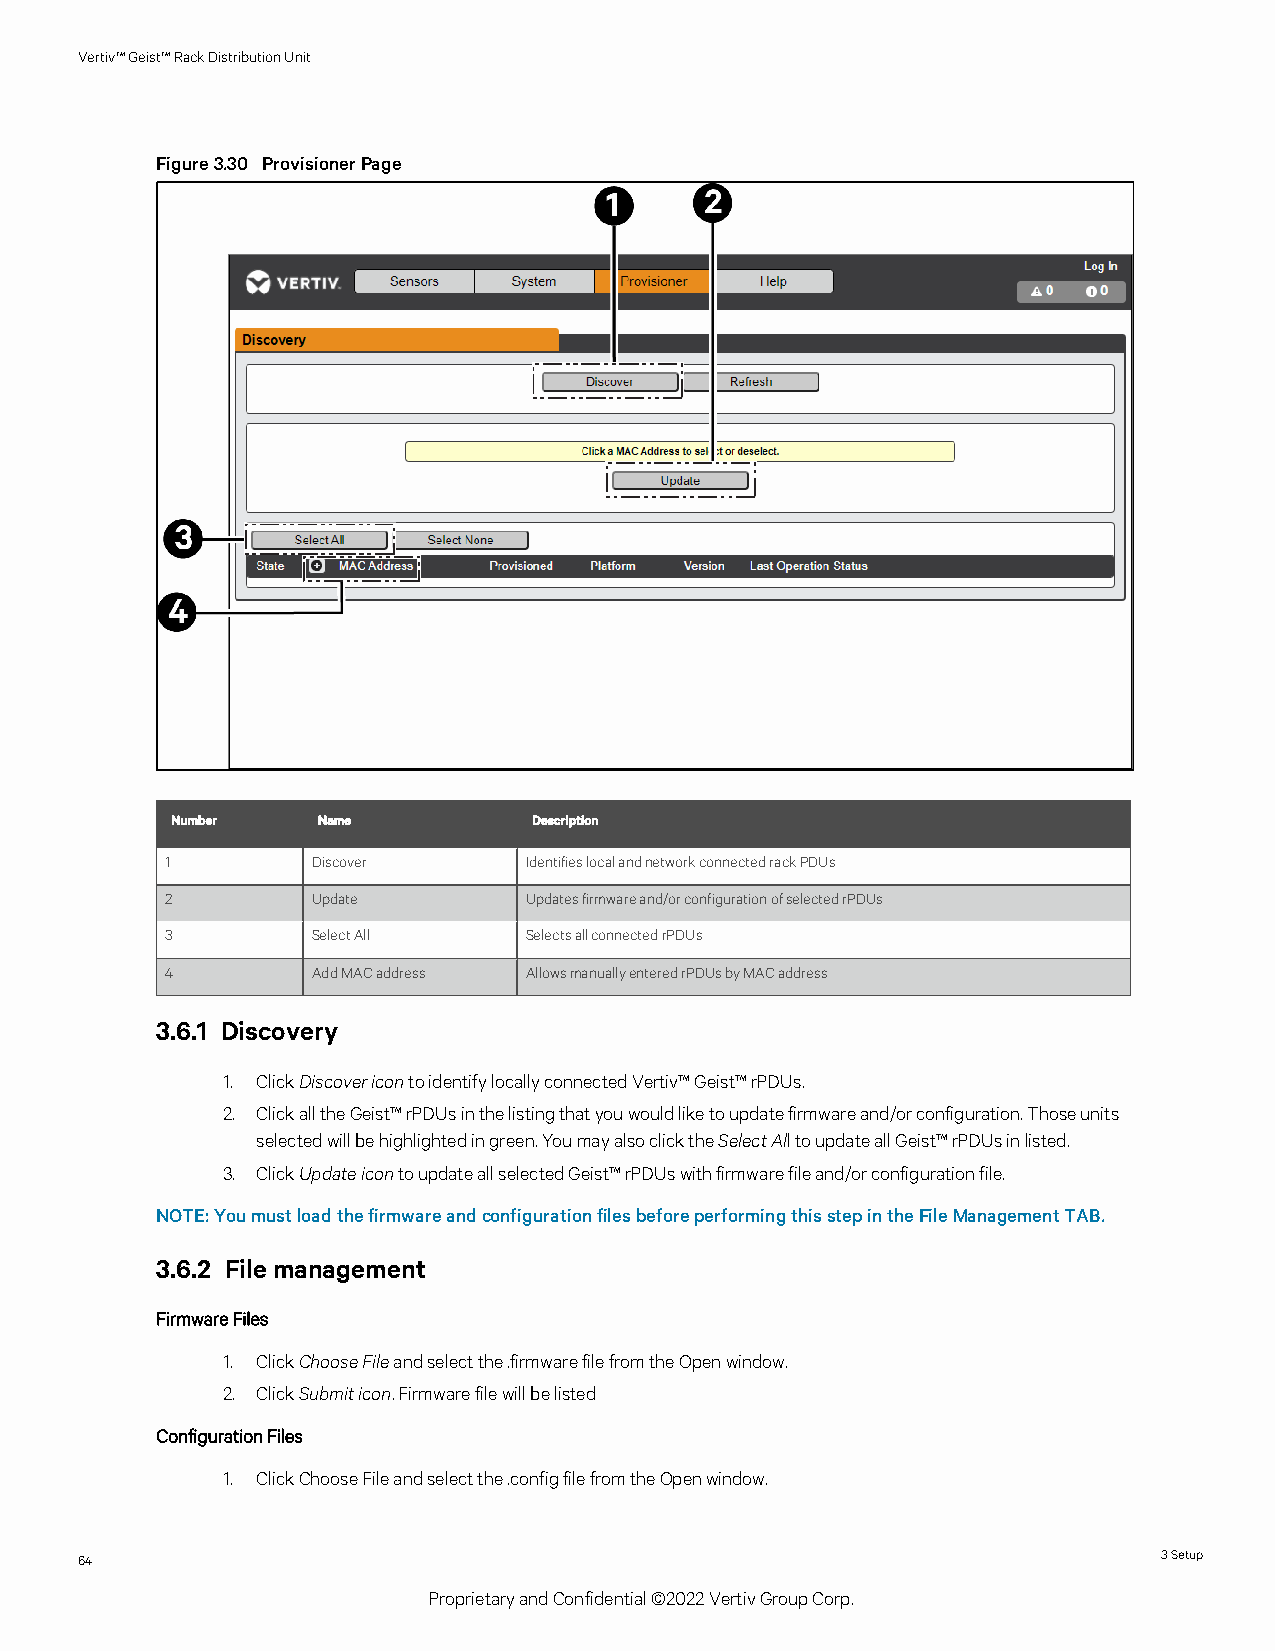
Vertiv™Geist™RackDistributionUnit
 Figure3.30 ProvisionerPage
 Number    Name          Description
 1         Discover      IdentifieslocalandnetworkconnectedrackPDUs
 2         Update        Updatesfirmwareand/orconfigurationofselectedrPDUs
 3         SelectAll     SelectsallconnectedrPDUs
 4         AddMACaddress AllowsmanuallyenteredrPDUsbyMACaddress
 3.6.1 Discovery
 1. ClickDiscovericontoidentifylocallyconnectedVertiv™Geist™rPDUs.
 2. ClickalltheGeist™rPDUsinthelistingthatyouwouldliketoupdatefirmwareand/orconfiguration.Thoseunits
 selectedwillbehighlightedingreen.YoumayalsoclicktheSelectAlltoupdateallGeist™rPDUsinlisted.
 3. ClickUpdateicontoupdateallselectedGeist™rPDUswithfirmwarefileand/orconfigurationfile.
 NOTE:YoumustloadthefirmwareandconfigurationfilesbeforeperformingthisstepintheFileManagementTAB.
 3.6.2 File management
 FirmwareFiles
 1. ClickChooseFileandselectthe.firmwarefilefromtheOpenwindow.
 2. ClickSubmiticon.Firmwarefilewillbelisted
 ConfigurationFiles
 1. ClickChooseFileandselectthe.configfilefromtheOpenwindow.
 64                                                                      3Setup
 ProprietaryandConfidential©2022VertivGroupCorp.